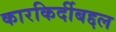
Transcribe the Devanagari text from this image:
कारकिर्दीबद्दल